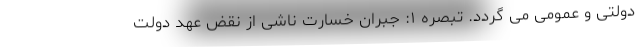
دولتی و عمومی می گردد. تبصره ۱: جبران خسارت ناشی از نقض عهد دولت